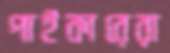
পাইকারেরা